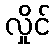
လှိုင်